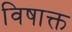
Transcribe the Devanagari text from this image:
विषाक्त